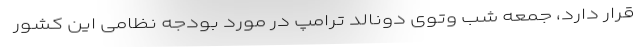
قرار دارد، جمعه شب وتوی دونالد ترامپ در مورد بودجه نظامی این کشور